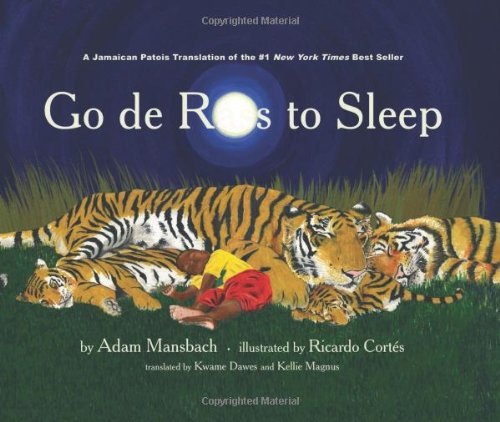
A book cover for Go de Rass to Sleep: (A Jamaican translation); Adam Mansbach; Travel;